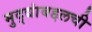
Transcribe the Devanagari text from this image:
मुद्द्यांबद्दलची